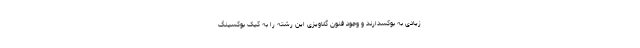
زیادی به بوکسدارند و وجود فنون گلاویزی این رشته را به کیک بوکسینگ